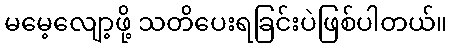
မမေ့လျော့ဖို့ သတိပေးရခြင်းပဲဖြစ်ပါတယ်။